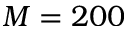
M = 2 0 0